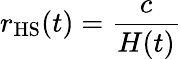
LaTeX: r_{\mathrm{HS}}(t)={\frac{c}{H(t)}}